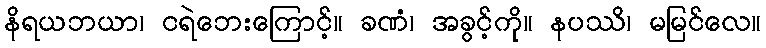
နိရယဘယာ၊ ငရဲဘေးကြောင့်။ ခဏံ၊ အခွင့်ကို။ နပဿိ၊ မမြင်လေ။